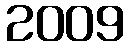
2009